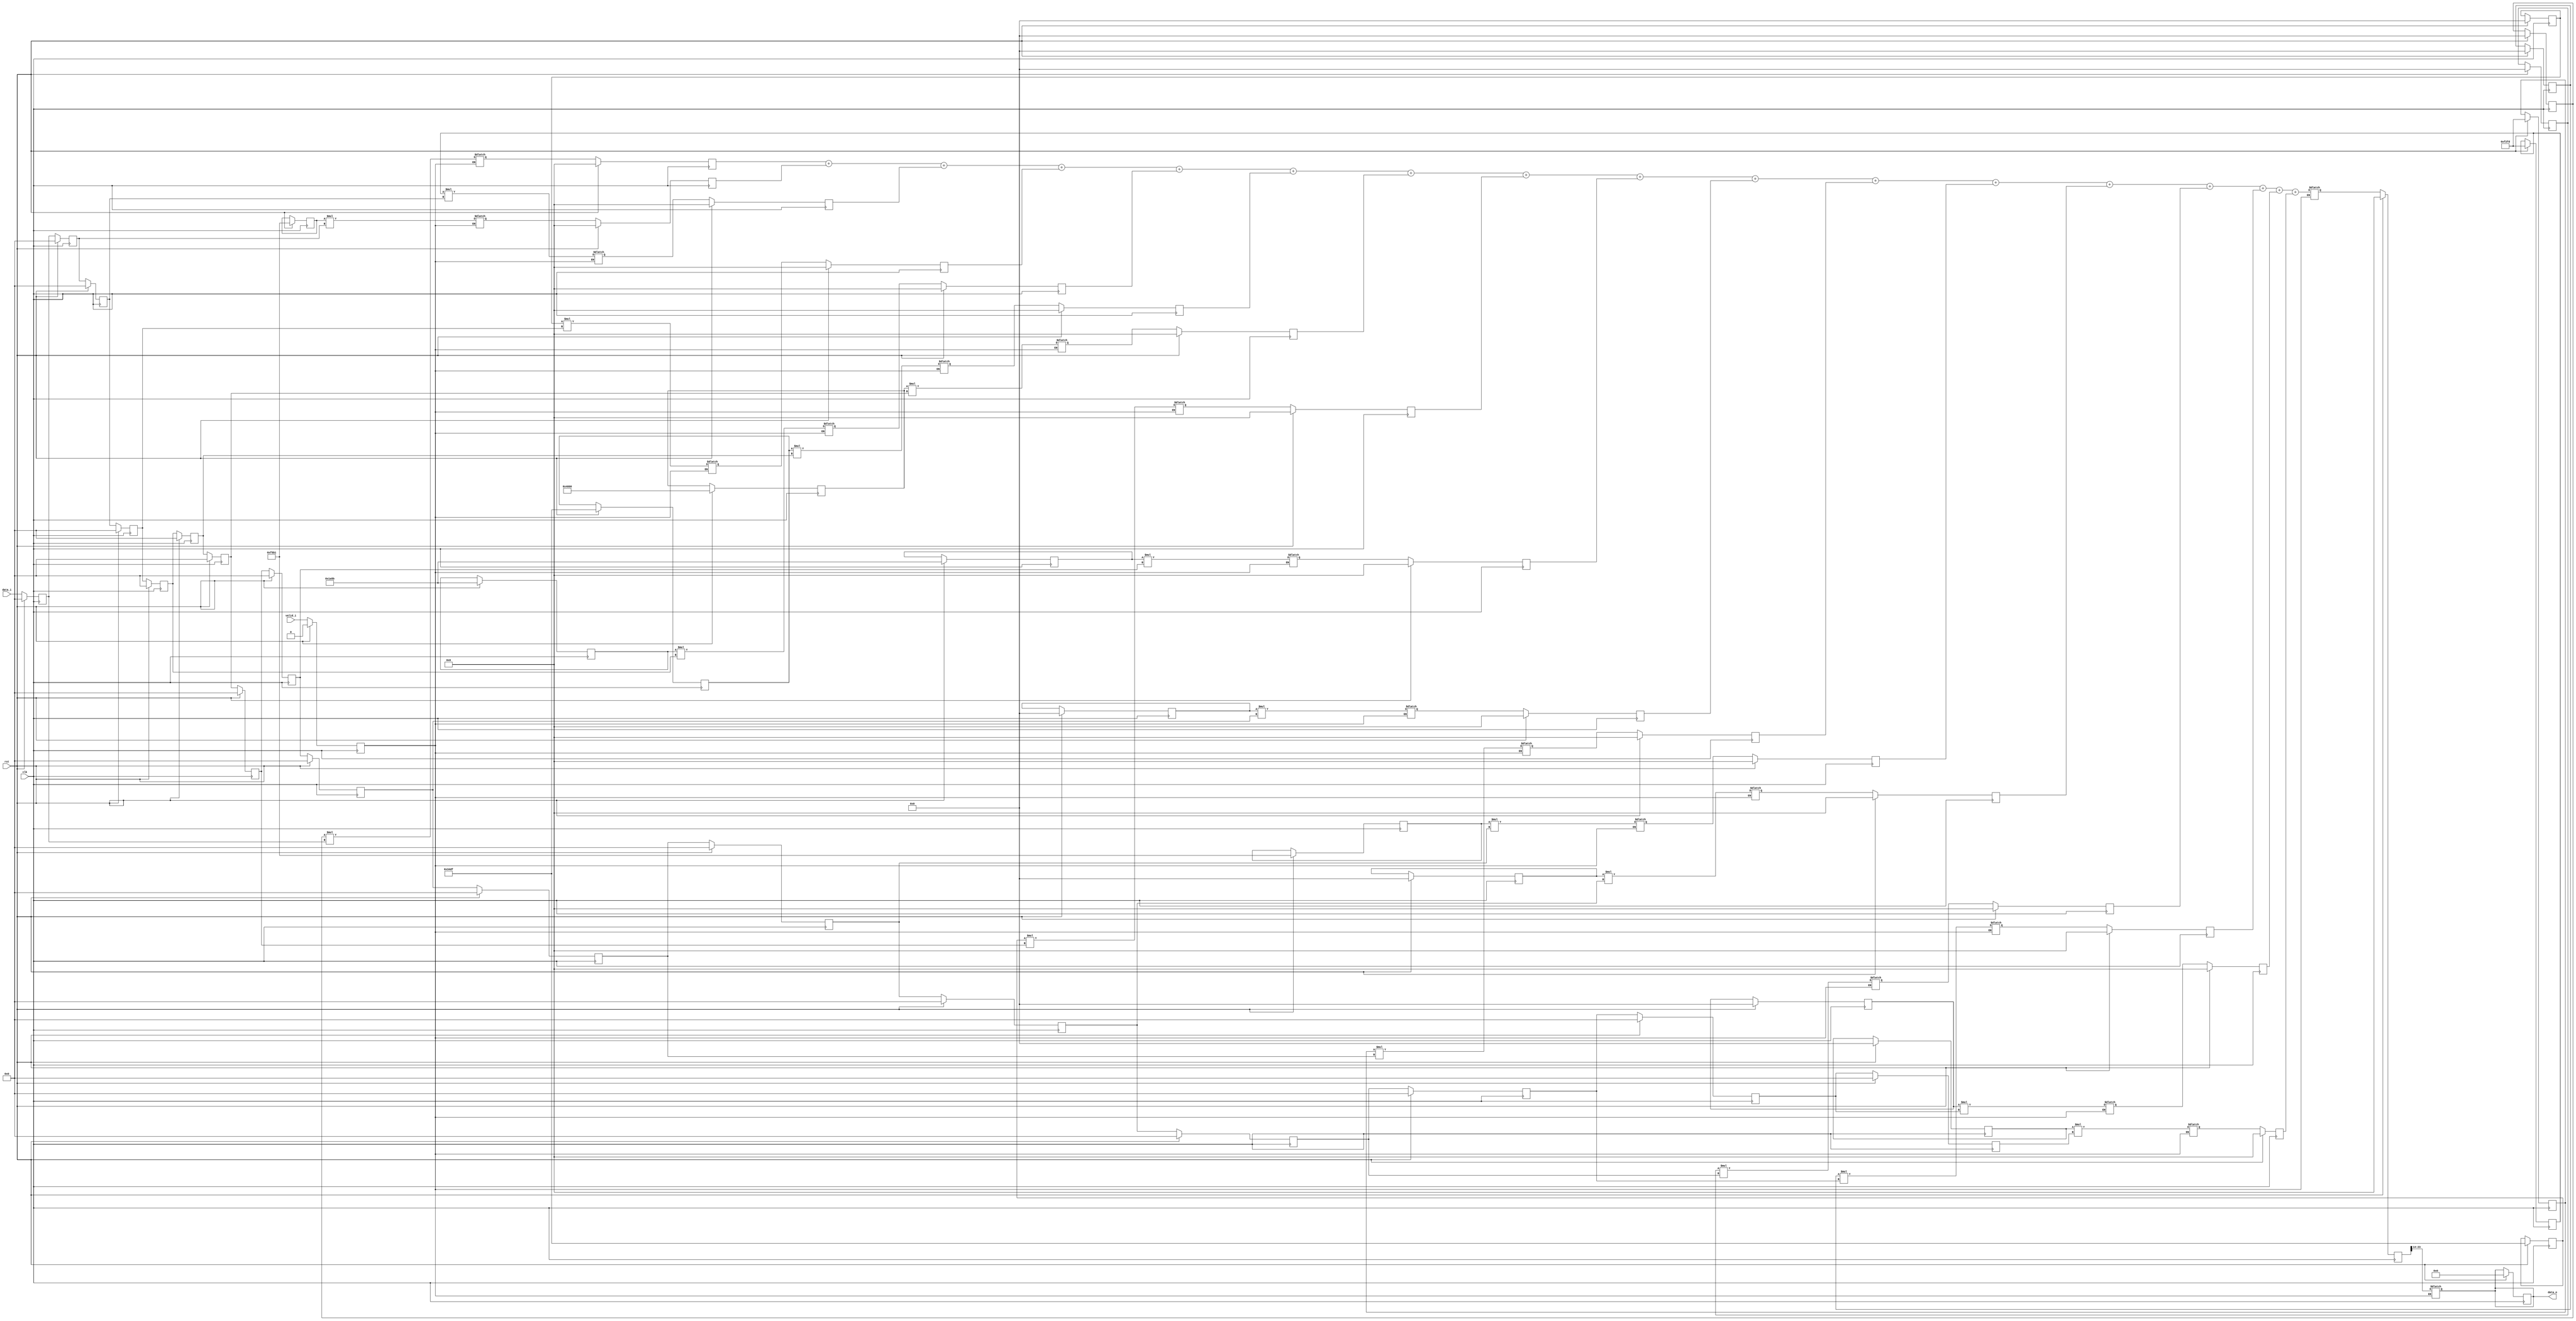
module fir_17(clk, 
            rst, 
            data_i, 
            valid_i, 
            data_o);

input clk;
input rst;
input valid_i;
input [7:0] data_i;
output reg signed [9:0] data_o;

/* FIR-Filter Taps*/

/* Filter 1*/
reg signed [15:0] h_0 ; 
reg signed [15:0] h_1 ;     
reg signed [15:0] h_2 ;    
reg signed [15:0] h_3 ; 
reg signed [15:0] h_4 ;      
reg signed [15:0] h_5 ;      
reg signed [15:0] h_6 ;      
reg signed [15:0] h_7 ;      
reg signed [15:0] h_8 ;     
reg signed [15:0] h_9 ; 
reg signed [15:0] h_10;     
reg signed [15:0] h_11;     
reg signed [15:0] h_12; 
reg signed [15:0] h_13;
reg signed [15:0] h_14; 
reg signed [15:0] h_15;
reg signed [15:0] h_16;

/* Filter 2*/
/*
16'b0;       
16'b1111100000000000;       
16'b1111001010110011;       
16'b1111010010100101;      
16'b0;       
16'b0001001100011011;       
16'b0010100010100101;       
16'b0011100110010110;       
16'b0100000000000000;       
16'b0011100110010110;       
16'b0010100010100101;      
16'b0001001100011011;       
16'b0;       
16'b1111010010100101;       
16'b1111001010110011;       
16'b1111100000000000;       
16'b0;  
*/

/*Buffer*/ 
reg signed [7:0] buff [0:16];

/*Multiply Stage 16-Bit * 8-Bit = 32-Bit*/
reg signed [23:0] acc [0:16];
reg signed [23:0] acc_r [0:16];

/*Adder Stage*/
reg signed[23:0] sum;
reg signed[23:0] sum_r;

/* valid reg */
reg valid_i_r;

// Update Circular Buffer 
always @ (posedge clk)
    begin
        if (rst == 1'b1) begin

            valid_i_r <= 1'b0;

            sum_r     <= 1'b0;

            /* reset buffer*/
            buff[0]<= 8'b0;
            buff[1]<= 8'b0;       
            buff[2]<= 8'b0;       
            buff[3]<= 8'b0;     
            buff[4]<= 8'b0;     
            buff[5]<= 8'b0;     
            buff[6]<= 8'b0;   
            buff[7]<= 8'b0;       
            buff[8]<= 8'b0;       
            buff[9]<= 8'b0;       
            buff[10] <= 8'b0;        
            buff[11] <= 8'b0;       
            buff[12] <= 8'b0;      
            buff[13] <= 8'b0;       
            buff[14] <= 8'b0; 
            buff[15] <= 8'b0; 
            buff[16] <= 8'b0;

            /* reset multiply stage*/
            acc_r[0] <= 24'b0;
            acc_r[1] <= 24'b0;
            acc_r[2] <= 24'b0;
            acc_r[3] <= 24'b0;
            acc_r[4] <= 24'b0;
            acc_r[5] <= 24'b0;
            acc_r[6] <= 24'b0;
            acc_r[7] <= 24'b0;
            acc_r[8] <= 24'b0;
            acc_r[9] <= 24'b0;
            acc_r[10] <= 24'b0;
            acc_r[11] <= 24'b0;
            acc_r[12] <= 24'b0;
            acc_r[13] <= 24'b0;
            acc_r[14] <= 24'b0;
            acc_r[15] <= 24'b0;
            acc_r[16] <= 24'b0;

            /* reset output*/
            data_o <= 24'b0; 
            
            /* Set Coeffs*/
            h_0  = 16'b0;       
            h_1  = 16'b1111010110110001;       
            h_2  = 16'b1111001011111101;       
            h_3  = 16'b0;      
            h_4  = 16'b0001101001011011;       
            h_5  = 16'b0011010011011111;       
            h_6  = 16'b0100000000000000;       
            h_7  = 16'b0011010011011111;       
            h_8  = 16'b0001101001011011;       
            h_9  = 16'b0;       
            h_10 = 16'b1111001011111101;      
            h_11 = 16'b1111010110110001;       
            h_12 = 16'b0;       
            h_13 = 16'b0;       
            h_14 = 16'b0;       
            h_15 = 16'b0;       
            h_16 = 16'b0;
                       
        end

        else begin

            /* Get Valid*/
            valid_i_r <= valid_i;
            
            /* Update Buffer */
            buff[0]  <= data_i;
            buff[1]  <= buff[0];        
            buff[2]  <= buff[1];         
            buff[3]  <= buff[2];      
            buff[4]  <= buff[3];      
            buff[5]  <= buff[4];       
            buff[6]  <= buff[5];    
            buff[7]  <= buff[6];       
            buff[8]  <= buff[7];       
            buff[9]  <= buff[8];       
            buff[10] <= buff[9];        
            buff[11] <= buff[10];       
            buff[12] <= buff[11];       
            buff[13] <= buff[12];       
            buff[14] <= buff[13];
            buff[15] <= buff[14];
            buff[16] <= buff[15]; 

           /* Register Multiplication */
            acc_r[0]    <= acc[0];
            acc_r[1]    <= acc[1];
            acc_r[2]    <= acc[2];
            acc_r[3]    <= acc[3];
            acc_r[4]    <= acc[4];
            acc_r[5]    <= acc[5];
            acc_r[6]    <= acc[6];
            acc_r[7]    <= acc[7];
            acc_r[8]    <= acc[8];
            acc_r[9]    <= acc[9];
            acc_r[10]   <= acc[10];
            acc_r[11]   <= acc[11];
            acc_r[12]   <= acc[12];
            acc_r[13]   <= acc[13];
            acc_r[14]   <= acc[14];
            acc_r[15]   <= acc[15];
            acc_r[16]   <= acc[16];

            /* Register Sum Output*/
            sum_r <= sum;
        end
    end

    
/* Kombinatorische Logik */
always @ (*)begin
        if (valid_i_r == 1'b1)
            begin
                /* Multiply Stage */
                acc[0]    = h_0 * buff[0];
                acc[1]    = h_1 * buff[1];
                acc[2]    = h_2 * buff[2];
                acc[3]    = h_3 * buff[3];
                acc[4]    = h_4 * buff[4];
                acc[5]    = h_5 * buff[5];
                acc[6]    = h_6 * buff[6];
                acc[7]    = h_7 * buff[7];
                acc[8]    = h_8 * buff[8];
                acc[9]    = h_9 * buff[9];
                acc[10]   = h_10 * buff[10];
                acc[11]   = h_11 * buff[11];
                acc[12]   = h_12 * buff[12];
                acc[13]   = h_13 * buff[13];
                acc[14]   = h_14 * buff[14];
                acc[15]   = h_15 * buff[15];
                acc[16]   = h_16 * buff[16];

                /* Accumulate stage of FIR */
                sum = acc_r[0]  +  acc_r[1]  +  acc_r[2]  +  acc_r[3]  +  acc_r[4]  +  acc_r[5]  +  acc_r[6]  +  acc_r[7]  +  acc_r[8]  +  acc_r[9]  +  acc_r[10] +  acc_r[11] +  acc_r[12] +  acc_r[13] +  acc_r[14] +  acc_r[15] +  acc_r[16];

                data_o = sum_r[23:14];

            end
    end   

endmodule